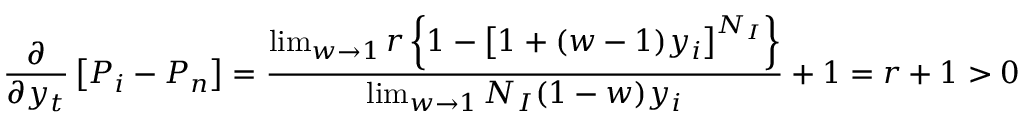
\frac { \partial } { \partial y _ { t } } \left[ P _ { i } - P _ { n } \right] = \frac { \operatorname* { l i m } _ { w \rightarrow 1 } r \left\{ 1 - \left[ 1 + ( w - 1 ) y _ { i } \right] ^ { N _ { I } } \right\} } { \operatorname* { l i m } _ { w \rightarrow 1 } N _ { I } ( 1 - w ) y _ { i } } + 1 = r + 1 > 0